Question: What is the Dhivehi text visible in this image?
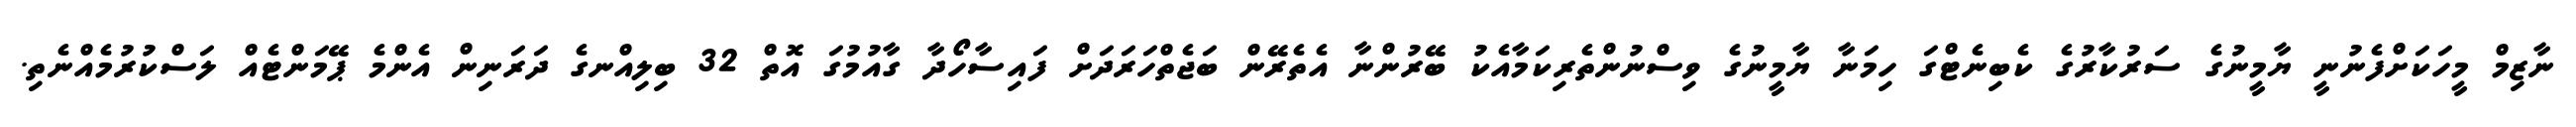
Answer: ނާޒިމް މީހަކަށްފެނުނީ ޔާމީނުގެ ސަރުކާރުގެ ކެބިނެޓްގަ ހިމަނާ ޔާމީނުގެ ވިސްނުންތެރިކަމާއެކު ބޭރުންނާ އެތެރޭން ބަޖެތްހަރަދަށް ފައިސާހޯދާ ގާއުމުގަ އޮތް 32 ބިލިއްނގެ ދަރަނިން އެންމެ ޕޭމަންޓެއް ލަސްކުރުމެއްނެތި.